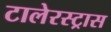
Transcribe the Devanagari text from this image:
टालेरस्ट्रास